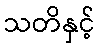
သတိနှင့်